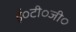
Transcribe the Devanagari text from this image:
ई०टी०जी०